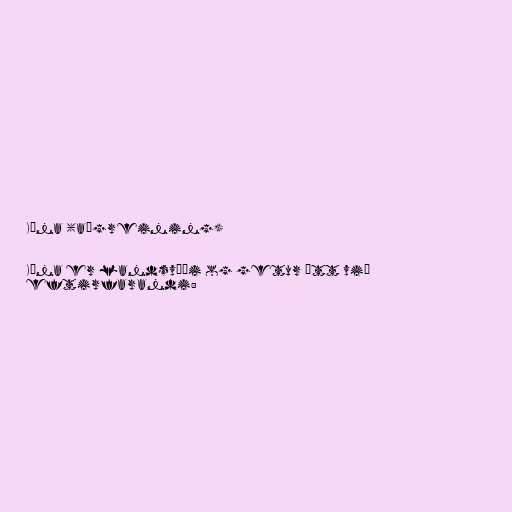
Kína (aðgreining)

Kína er landsvæði og getur átt við
eftirfarandi: